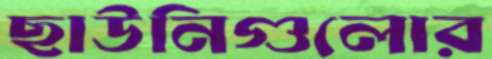
ছাউনিগুলোর